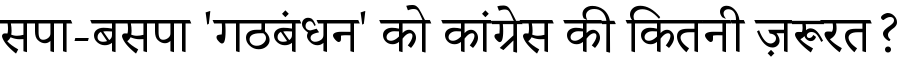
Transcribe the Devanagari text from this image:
सपा-बसपा 'गठबंधन' को कांग्रेस की कितनी ज़रूरत?